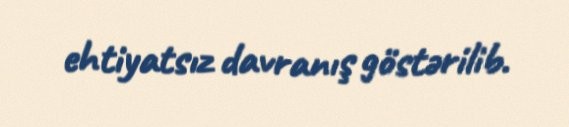
ehtiyatsız davranış göstərilib.